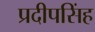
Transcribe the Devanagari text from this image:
प्रदीपसिंह